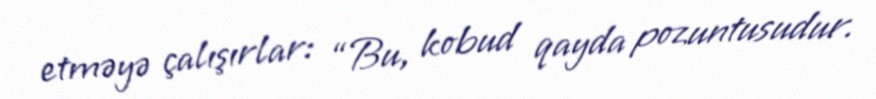
etməyə çalışırlar: “Bu, kobud qayda pozuntusudur.